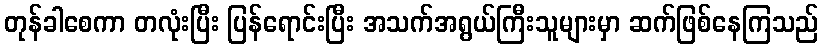
တုန်ခါစေကာ တလုံးပြီး ပြန်ရောင်းပြီး အသက်အရွယ်ကြီးသူများမှာ ဆက်ဖြစ်နေကြသည်